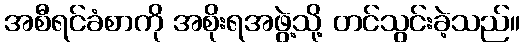
အစီရင်ခံစာကို အစိုးရအဖွဲ့သို့ တင်သွင်းခဲ့သည်။